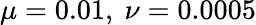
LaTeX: \mu=0.01,\ \nu=0.0005